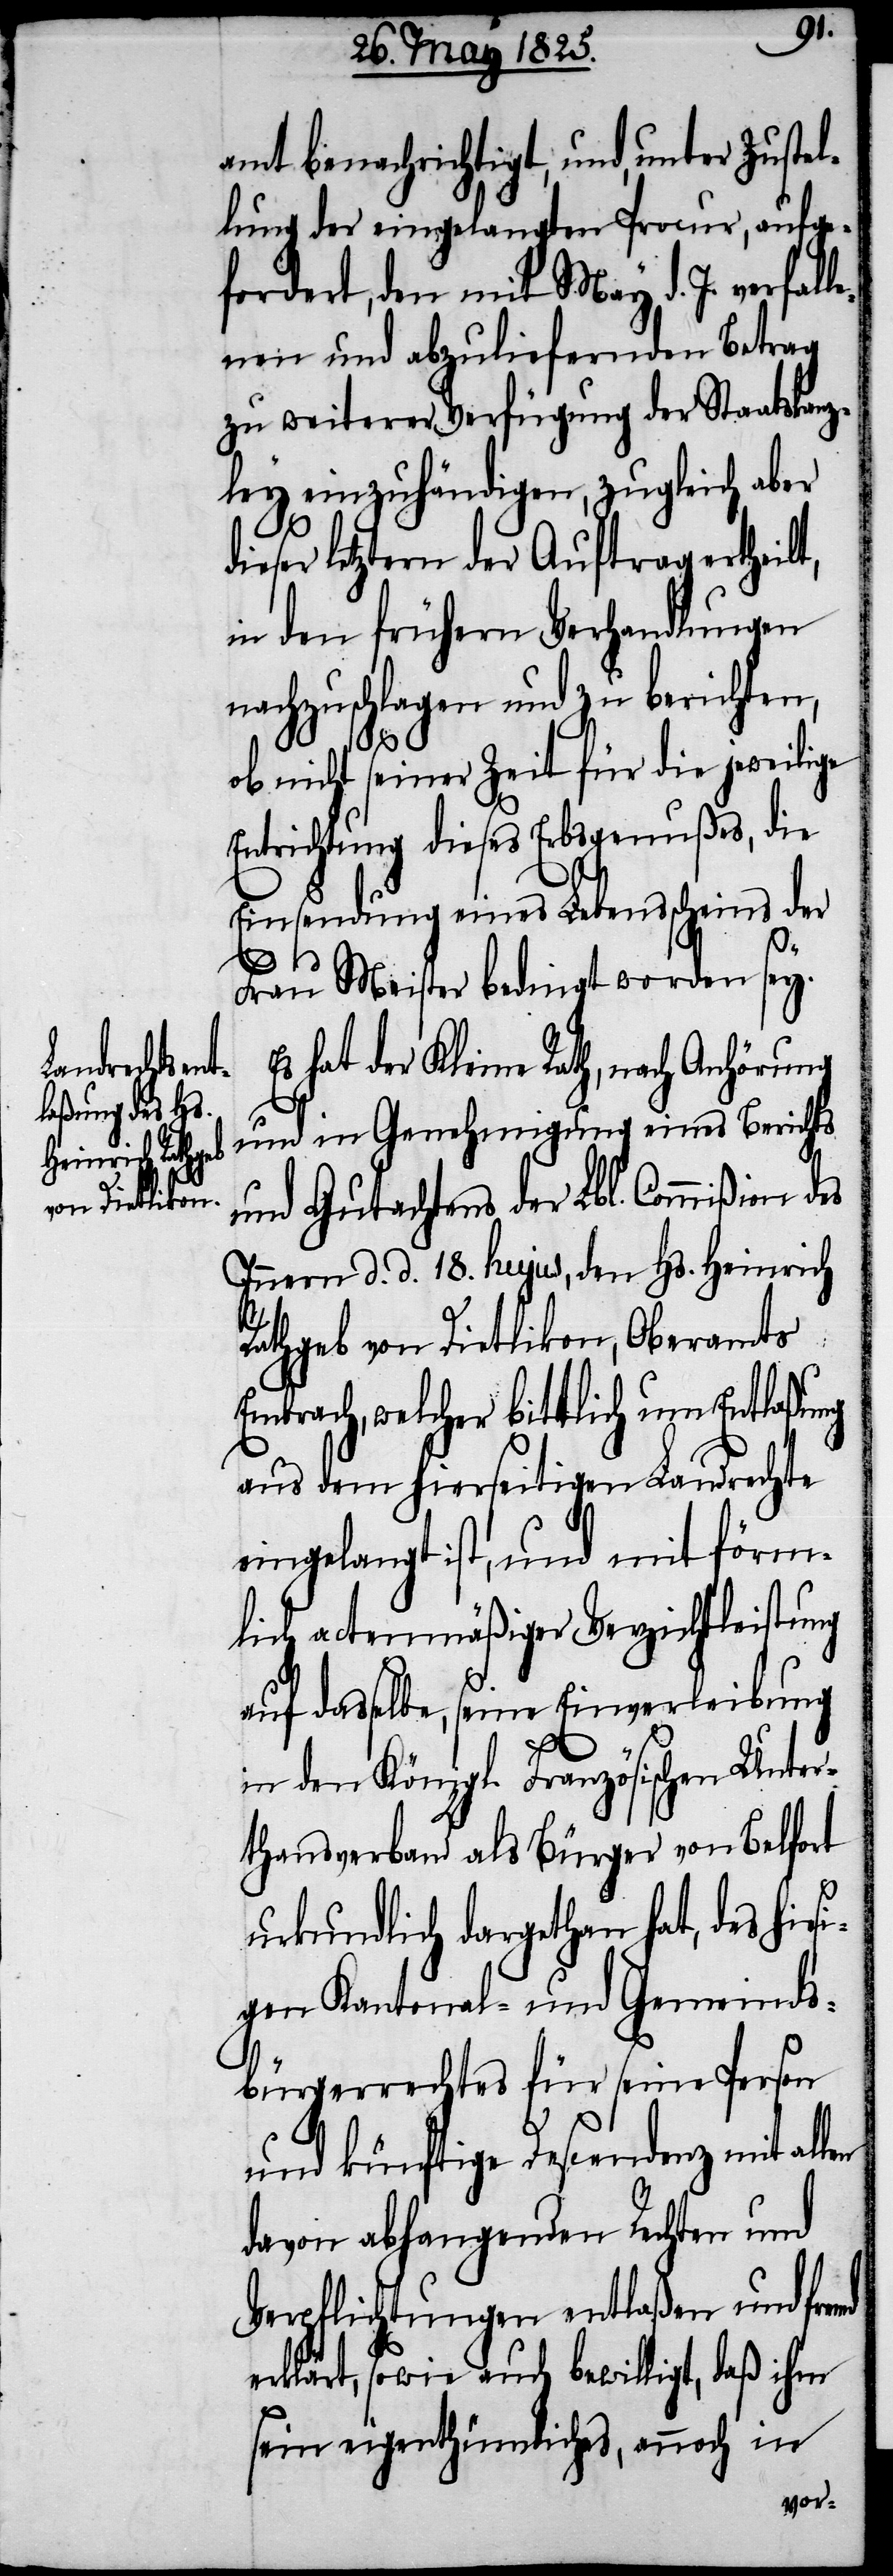
amt benachrichtigt, und, unter Zustel¬
lung der eingelangten Procur, aufge¬
fordert, den mit May d. J. verfall¬
enen und abzuliefernden Betrag
zu weiterer Verfügung der Staatskanz¬
ley einzuhändigen, zugleich aber
ieser letztern der Auftrag ertheilt,
in den frühern Verhandlungen
nachzuschlagen und zu berichten,
ob nicht seiner Zeit für die jeweilige
Entrichtung dieses Erbsgenußes, die
Einsendung eines Lebensscheins der
d¬
Frau Meister bedingt worden sey.
Es hat der Kleine Rath, nach Anhörung
und in Genehmigung eines Berichts
und Gutachtens der Lbl. Commißion des
Innern d. d. 18. hujus den Hs. Heinrich
Rathgeb von Dietlikon, Oberamts
Embrach, welcher bittlich um Entlaßung
aus dem hierseitigen Landrechte
eingelangt ist, und mit förm¬
lich actenmäßiger Verzichtleistung
auf dasselbe, seine Einverleibung
in den Königl. Französischen Unter¬
thanenverband als Bürger von Belfort
urkundlich dargethan hat, des hies¬
igen Kantonal- und Gemeinds¬
bürgerrechtes für seine Person
und künftige Descendenz mit allen
davon abhangenden Rechten und
Verpflichtungen entlaßen und fremd
erklärt, sowie auch bewilligt, daß ihm
sein eigenthümliches, annoch in